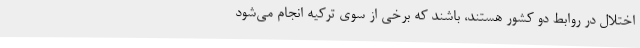
اختلال در روابط دو کشور هستند، باشند که برخی از سوی ترکیه انجام می‌شود